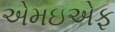
એમઇએફ